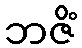
ဘဇိံ